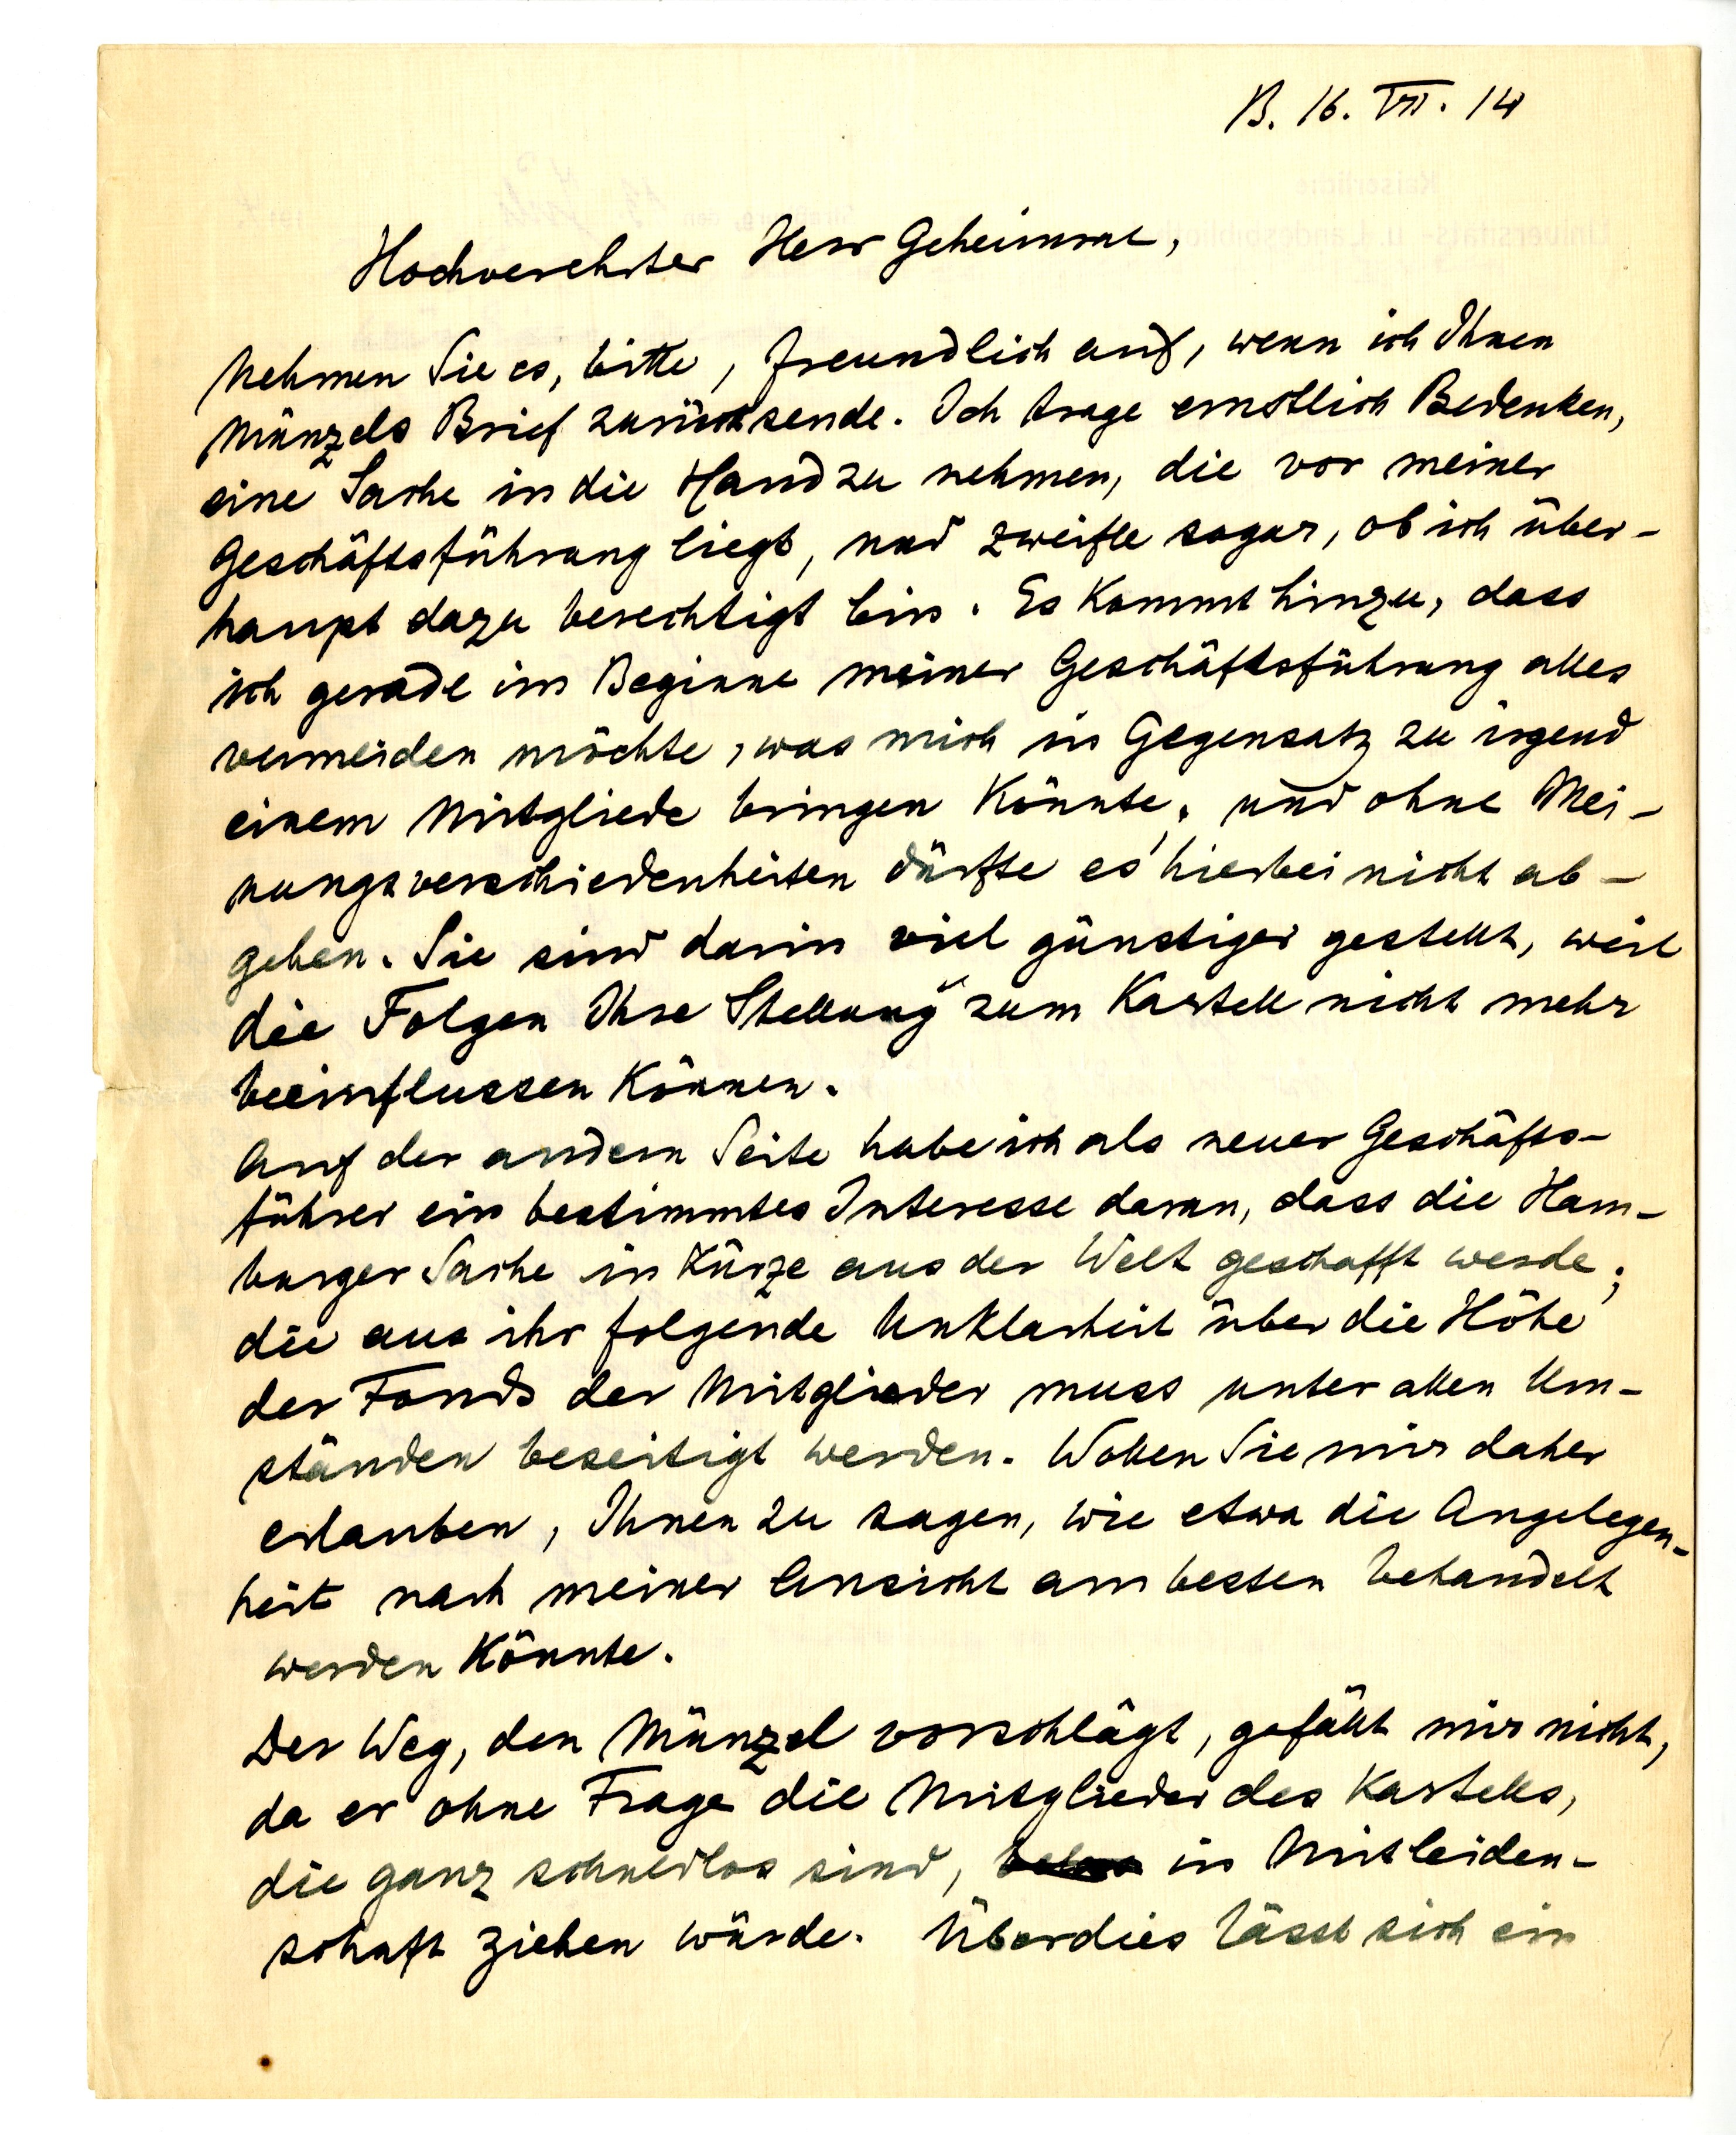
B. 16. VII. 14
Hochverehrter Herr Geheimrat,
nehmen Sie es, bitte, freundlich auf, wenn ich Ihnen
Münzels Brief zurücksende. Ich trage ernstliche Bedenken,
eine Sache in die Hand zu nehmen, dir vor meiner
Geschäftsführung liegt, und zweifele sogar, ob ich über¬
haupt dazu berechtigt bin. Es kommt hinzu, dass
ich gerade im Beginne meiner Geschäftsführung alles
vermeiden möchte, was mich in Gegensatz zu irgend
einem Mitgliede bringen könnte. und ohne Mei¬
nungsverschiedenheiten dürfte es hierbei nicht ab¬
gehen. Sie sind darin viel günstiger gestellt, weil
die Folgen Ihre Stellung zum Kartell nicht mehr
beieinflussen können.
Auf der anderen Seite habe ich als neuer Geschäfts
führer ein bestimmtes Interesse daran, dass die Ham¬
burger Sache in Kürze aus der Welt geschafft werde;
die aus ihr folgende Unklarheit über die Höhe
der Fonds der Mitglieder muss unter allen Um¬
ständen beseitigt werden. Wollen Sie mir daher
erlauben, Ihnen zu sagen, wie etwa die Angelegen
heit nach meiner Ansicht am besten behandelt
werden könnte.
Der Weg, den Münzel vorschlägt, gefällt mir nicht,
da er ohne Frage die Mitglieder des Kartells,
die ganz schutzlos sind, in Mitleiden¬
schaft ziehen würde. Überdies lässt sich ein